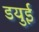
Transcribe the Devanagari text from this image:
डयुई